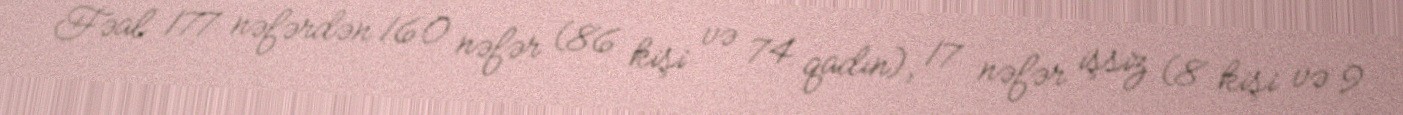
Fəal 177 nəfərdən 160 nəfər (86 kişi və 74 qadın), 17 nəfər işsiz (8 kişi və 9